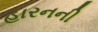
હારનની